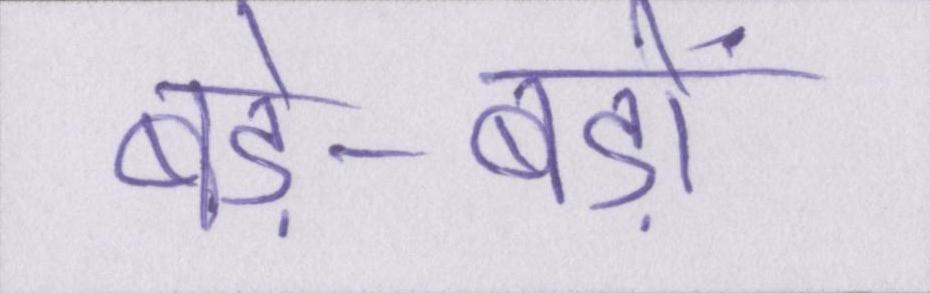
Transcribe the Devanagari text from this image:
बड़े-बड़ों